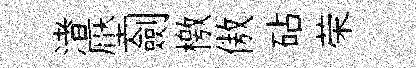
渚壓劍檄傲砧荣